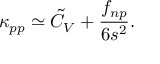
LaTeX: \kappa _ { p p } \simeq \tilde { C } _ { V } + \frac { f _ { n p } } { 6 s ^ { 2 } } .